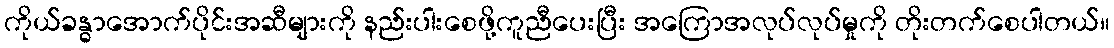
ကိုယ်ခန္ဓာအောက်ပိုင်းအဆီများကို နည်းပါးစေဖို့ကူညီပေးပြီး အကြောအလုပ်လုပ်မှုကို တိုးတက်စေပါတယ်။